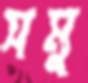
সমু